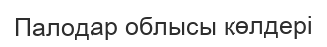
Палодар облысы көлдері